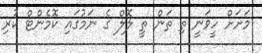
މަށަށް ހީވަނީ ތި ތަން ތީ ލޮލް ގެ ނަމުގައި ކޮމެންޓް ކުރި